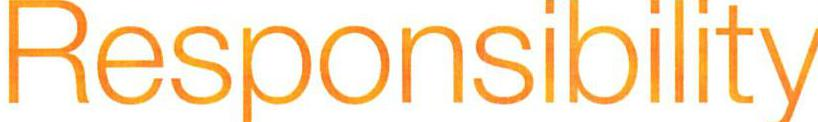
Responsibility